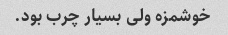
خوشمزه ولی بسیار چرب بود.